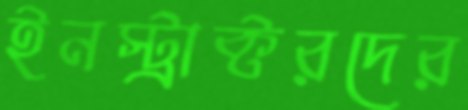
ইনস্ট্রাক্টরদের